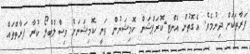
ފަރާތަކަށް ދިނުމެވެ. އެގޮތުން އެންޓި-ކޮރަޕްޝަން ކޮމިޝަނުން ވަނީ ކޮމިޝަނަށް ވިސްލްބްލޯ ކުރާ ފަރާތްތައް